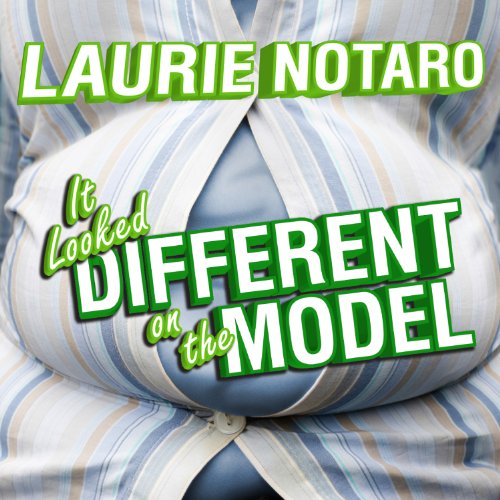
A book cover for It Looked Different on the Model: Epic Tales of Impending Shame and Infamy; Laurie Notaro; Humor & Entertainment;